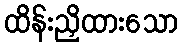
ထိန်းညှိထားသော